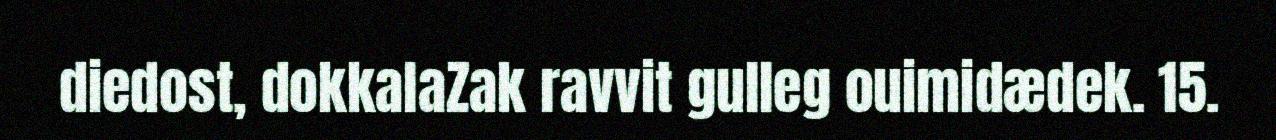
diedost, dokkalaZak ravvit gulleg ouimidædek. 15.